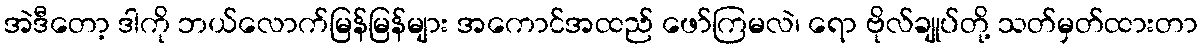
အဲဒီတော့ ဒါကို ဘယ်လောက်မြန်မြန်များ အကောင်အထည် ဖော်ကြမလဲ၊ ရော ဗိုလ်ချုပ်တို့ သတ်မှတ်ထားတာ